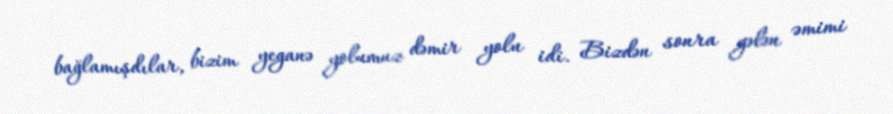
bağlamışdılar, bizim yeganə yolumuz dəmir yolu idi. Bizdən sonra gələn əmimi